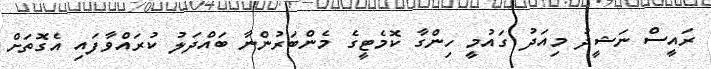
ރައީސް ނަޝީދު މިއަދު ގައުމީ ހިންގާ ކޮމެޓީގެ މެންބަރުންނާ ބައްދަލު ކުރައްވާފައި އެގޮތަށް